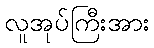
လူအုပ်ကြီးအား